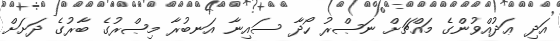
އަދި ޢަދުއްވުންގެ މައްޗަށް ނަޞްރު ހޯދާ ސައިނާ އަނބުރާ މިޞްރުގެ ބާރުގެ ދަށަށް